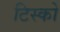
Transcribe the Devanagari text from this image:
टिस्‍को